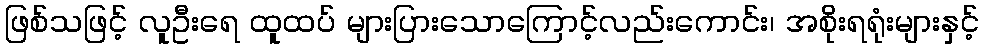
ဖြစ်သဖြင့် လူဦးရေ ထူထပ် များပြားသောကြောင့်လည်းကောင်း၊ အစိုးရရုံးများနှင့်